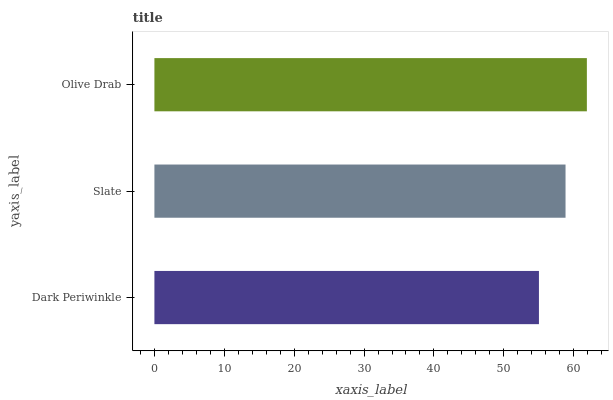
| yaxis_label | bars |
 | --- | --- |
 | Dark Periwinkle | 55 |
 | Slate | 58.8 |
 | Olive Drab | 61.9 |